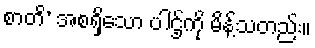
စာတိ’ အစရှိသော ပါဌ်ကို မိန့်သတည်း။